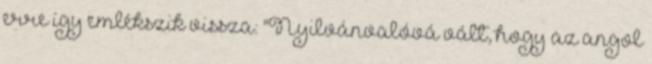
erre így emlékszik vissza: "Nyilvánvalóvá vált, hogy az angol